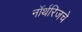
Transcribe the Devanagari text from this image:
नॉर्थरिजचे